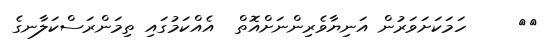
٦٣     ހަމަކަށަވަރުން އަނިޔާވެރިންނަށްއޮތް  އެއްކަމުގައި ތިމަންރަސްކަލާނގެ